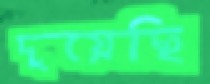
দুয়েছি